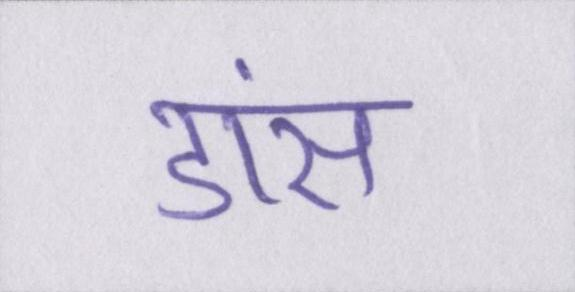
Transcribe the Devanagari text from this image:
डांस